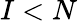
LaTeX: I<N